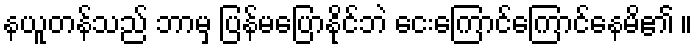
နယူတန်သည် ဘာမှ ပြန်မပြောနိုင်ဘဲ ငေးကြောင်ကြောင်နေမိ၏ ။